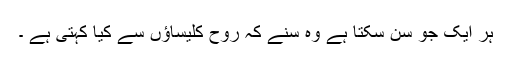
ہر ایک جو سن سکتا ہے وہ سنے کہ روح کلیساؤں سے کیا کہتی ہے ۔